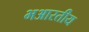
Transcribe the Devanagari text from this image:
भआरतीय